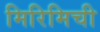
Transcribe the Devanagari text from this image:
मिरिमिची